Indian journal of veterinary science and animal husbandry - Volume 2,
Year: 1932
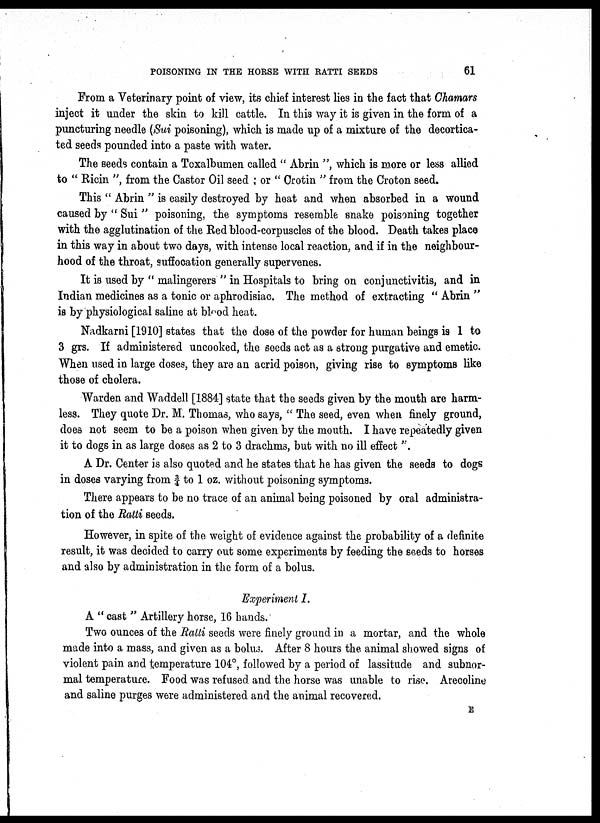
POISONING IN THE HORSE WITH RATTI SEEDS
61
From a Veterinary point of view, its chief interest lies in the fact that Chamars
inject it under the skin to kill cattle. In this way it is given in the form of a
puncturing needle (Sui poisoning), which is made up of a mixture of the decortica-
ted seeds pounded into a paste with water.
The seeds contain a Toxalbumen called " Abrin ", which is more or less allied
to " Ricin ", from the Castor Oil seed ; or " Crotin " from the Croton seed.
This " Abrin " is easily destroyed by heat and when absorbed in a wound
caused by " Sui " poisoning, the symptoms resemble snake poisoning together
with the agglutination of the Red blood-corpuscles of the blood. Death takes place
in this way in about two days, with intense local reaction, and if in the neighbour-
hood of the throat, suffocation generally supervenes.
It is used by " malingerers " in Hospitals to bring on conjunctivitis, and in
Indian medicines as a tonic or aphrodisiac. The method of extracting " Abrin "
is by physiological saline at blood heat.
Nadkarni [1910] states that the dose of the powder for human beings is 1 to
3 grs. If administered uncooked, the seeds act as a strong purgative and emetic.
When used in large doses, they are an acrid poison, giving rise to symptoms like
those of cholera.
Warden and Waddell [1884] state that the seeds given by the mouth are harm-
less. They quote Dr. M. Thomas, who says, " The seed, even when finely ground,
does not seem to be a poison when given by the mouth. I have repeatedly given
it to dogs in as large doses as 2 to 3 drachms, but with no ill effect".
A Dr. Center is also quoted and he states that he has given the seeds to dogs
in doses varying from ¾ to 1 oz. without poisoning symptoms.
There appears to be no trace of an animal being poisoned by oral administra-
tion of the Ratti seeds.
However, in spite of the weight of evidence against the probability of a definite
result, it was decided to carry out some experiments by feeding the seeds to horses
and also by administration in the form of a bolus.
Experiment I.
A " cast " Artillery horse, 16 hands.
Two ounces of the Ratti seeds were finely ground in a mortar, and the whole
made into a mass, and given as a bolus. After 8 hours the animal showed signs of
violent pain and temperature 104°, followed by a period of lassitude and subnor-
mal temperature. Food was refused and the horse was unable to rise. Arecoline
and saline purges were administered and the animal recovered.
E